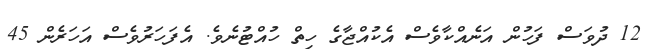
12 ދުވަސް ފަހުން އަނެއްކާވެސް އެކުއްޖާގެ ހިތް ހުއްޓުނެވެ. އެފަހަރުވެސް އަހަރެން 45